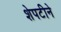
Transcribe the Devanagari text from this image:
शेपटीने